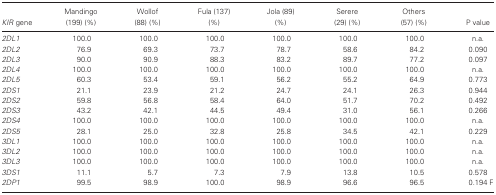
<table><thead><tr><td><b><i>KIR</i> gene</b></td><td><b>Mandingo (199) (%)</b></td><td><b>Wollof (88) (%)</b></td><td><b>Fula (137) (%)</b></td><td><b>Jola (89) (%)</b></td><td><b>Serere (29) (%)</b></td><td><b>Others (57) (%)</b></td><td><b>P value</b></td></tr></thead><tbody><tr><td><i>2DL1</i></td><td>100.0</td><td>100.0</td><td>100.0</td><td>100.0</td><td>100.0</td><td>100.0</td><td>n.a.</td></tr><tr><td><i>2DL2</i></td><td>76.9</td><td>69.3</td><td>73.7</td><td>78.7</td><td>58.6</td><td>84.2</td><td>0.090</td></tr><tr><td><i>2DL3</i></td><td>90.0</td><td>90.9</td><td>88.3</td><td>83.2</td><td>89.7</td><td>77.2</td><td>0.097</td></tr><tr><td><i>2DL4</i></td><td>100.0</td><td>100.0</td><td>100.0</td><td>100.0</td><td>100.0</td><td>100.0</td><td>n.a.</td></tr><tr><td><i>2DL5</i></td><td>60.3</td><td>53.4</td><td>59.1</td><td>56.2</td><td>55.2</td><td>64.9</td><td>0.773</td></tr><tr><td><i>2DS1</i></td><td>21.1</td><td>23.9</td><td>21.2</td><td>24.7</td><td>24.1</td><td>26.3</td><td>0.944</td></tr><tr><td><i>2DS2</i></td><td>59.8</td><td>56.8</td><td>58.4</td><td>64.0</td><td>51.7</td><td>70.2</td><td>0.492</td></tr><tr><td><i>2DS3</i></td><td>43.2</td><td>42.1</td><td>44.5</td><td>49.4</td><td>31.0</td><td>56.1</td><td>0.266</td></tr><tr><td><i>2DS4</i></td><td>100.0</td><td>100.0</td><td>100.0</td><td>100.0</td><td>100.0</td><td>100.0</td><td>n.a.</td></tr><tr><td><i>2DS5</i></td><td>28.1</td><td>25.0</td><td>32.8</td><td>25.8</td><td>34.5</td><td>42.1</td><td>0.229</td></tr><tr><td><i>3DL1</i></td><td>100.0</td><td>100.0</td><td>100.0</td><td>100.0</td><td>100.0</td><td>100.0</td><td>n.a.</td></tr><tr><td><i>3DL2</i></td><td>100.0</td><td>100.0</td><td>100.0</td><td>100.0</td><td>100.0</td><td>100.0</td><td>n.a.</td></tr><tr><td><i>3DL3</i></td><td>100.0</td><td>100.0</td><td>100.0</td><td>100.0</td><td>100.0</td><td>100.0</td><td>n.a.</td></tr><tr><td><i>3DS1</i></td><td>11.1</td><td>5.7</td><td>7.3</td><td>7.9</td><td>13.8</td><td>10.5</td><td>0.578</td></tr><tr><td><i>2DP1</i></td><td>99.5</td><td>98.9</td><td>100.0</td><td>98.9</td><td>96.6</td><td>96.5</td><td>0.194 F</td></tr></tbody></table>